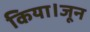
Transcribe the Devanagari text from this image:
किया।जून